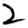
Digit: 2